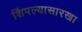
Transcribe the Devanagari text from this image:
शिंपल्यासारखा